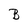
Character: B